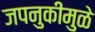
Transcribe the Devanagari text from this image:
जपनुकीमुळे